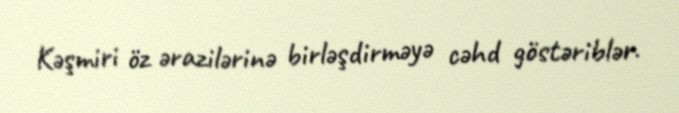
Kəşmiri öz ərazilərinə birləşdirməyə cəhd göstəriblər.